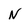
Character: N